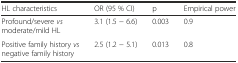
<table><thead><tr><td><b>HL characteristics</b></td><td><b>OR (95 % CI)</b></td><td><b>p</b></td><td><b>Empirical power</b></td></tr></thead><tbody><tr><td>Profound/severe <i>vs</i> moderate/mild HL</td><td>3.1 (1.5 − 6.6)</td><td>0.003</td><td>0.9</td></tr><tr><td>Positive family history <i>vs</i> negative family history</td><td>2.5 (1.2 − 5.1)</td><td>0.013</td><td>0.8</td></tr></tbody></table>